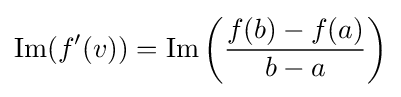
\operatorname {Im} (f'(v))=\operatorname {Im} \left({\frac {f(b)-f(a)}{b-a}}\right)